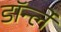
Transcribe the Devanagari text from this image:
डॉर्न्ले